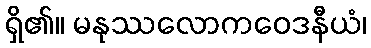
ရှိ၏။ မနုဿလောကဝေဒနီယံ၊